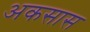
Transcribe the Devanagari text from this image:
अकसास